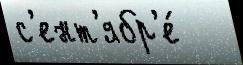
с'ент'ябр'е́